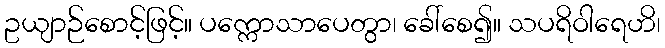
ဥယျာဉ်စောင့်ဖြင့်။ ပက္ကောသာပေတွာ၊ ခေါ်စေ၍။ သပရိဝါရေဟိ၊